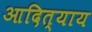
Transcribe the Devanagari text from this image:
आदित्याय